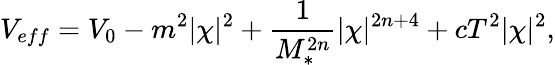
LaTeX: V_{eff}=V_{0}-m^{2}|\chi|^{2}+\frac{1}{M_{*}^{2n}}|\chi|^{2n+4}+cT^{2}|\chi|^{2},